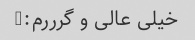
خیلی عالی و گرررم:)